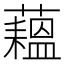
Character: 𬟇